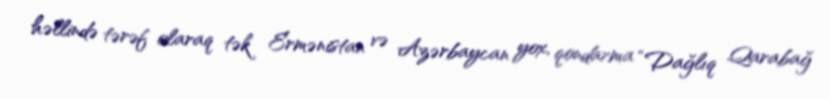
həllində tərəf olaraq tək Ermənistan və Azərbaycan yox, qondarma “Dağlıq Qarabağ